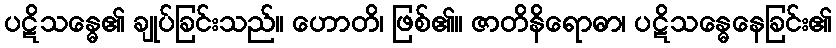
ပဋိသန္ဓေ၏ ချုပ်ခြင်းသည်။ ဟောတိ၊ ဖြစ်၏။ ဇာတိနိရောဓာ၊ ပဋိသန္ဓေနေခြင်း၏